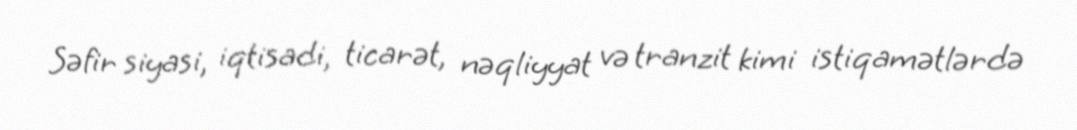
Səfir siyasi, iqtisadi, ticarət, nəqliyyat və tranzit kimi istiqamətlərdə